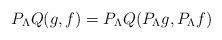
LaTeX: \begin{align*}P_\Lambda Q(g,f) = P_\Lambda Q(P_\Lambda g, P_\Lambda f)\end{align*}